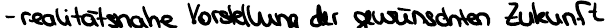
- realitätsnahe Vorstellung der gewünschten Zukunft